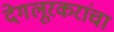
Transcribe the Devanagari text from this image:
देगलूरकरांचा